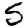
Digit: 5